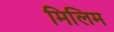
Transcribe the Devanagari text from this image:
मिलिम